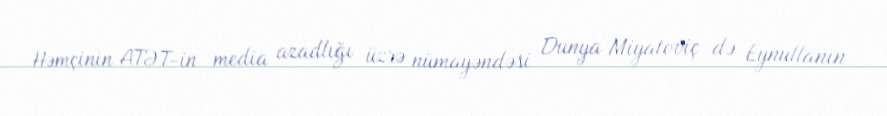
Həmçinin ATƏT-in media azadlığı üzrə nümayəndəsi Dunya Miyatoviç də Eynullanın